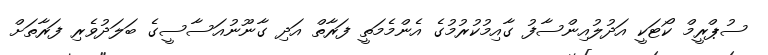
ސުޕްރީމް ކޯޓަކީ އަދުލުއިންސާފު ގާއިމުކުރުމުގެ އެންމެމަތީ ފަރާތް އަދި ގާނޫނުއަސާސީގެ ބަލަދުވެރި ފަރާތަށް